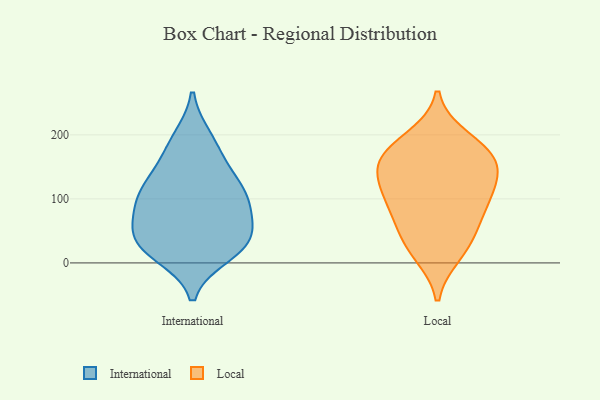
{"axis": {"x": "Inventory Turnover", "y": "Value"}, "legend": ["International", "Local"], "data": [{"x": "", "y": 26, "type": "International"}, {"x": "", "y": 29, "type": "International"}, {"x": "", "y": 122, "type": "International"}, {"x": "", "y": 36, "type": "International"}, {"x": "", "y": 141, "type": "International"}, {"x": "", "y": 37, "type": "International"}, {"x": "", "y": 89, "type": "International"}, {"x": "", "y": 179, "type": "International"}, {"x": "", "y": 57, "type": "International"}, {"x": "", "y": 14, "type": "International"}, {"x": "", "y": 115, "type": "International"}, {"x": "", "y": 90, "type": "International"}, {"x": "", "y": 194, "type": "International"}, {"x": "", "y": 95, "type": "International"}, {"x": "", "y": 127, "type": "Local"}, {"x": "", "y": 28, "type": "Local"}, {"x": "", "y": 92, "type": "Local"}, {"x": "", "y": 127, "type": "Local"}, {"x": "", "y": 194, "type": "Local"}, {"x": "", "y": 49, "type": "Local"}, {"x": "", "y": 15, "type": "Local"}, {"x": "", "y": 165, "type": "Local"}, {"x": "", "y": 101, "type": "Local"}, {"x": "", "y": 151, "type": "Local"}, {"x": "", "y": 173, "type": "Local"}, {"x": "", "y": 78, "type": "Local"}, {"x": "", "y": 167, "type": "Local"}]}